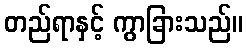
တည်ရာနှင့် ကွာခြားသည်။